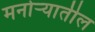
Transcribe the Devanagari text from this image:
मनोर्‍यातील